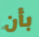
بأن